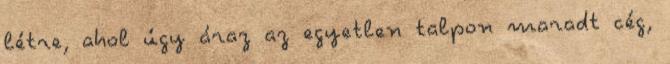
létre, ahol úgy áraz az egyetlen talpon maradt cég,